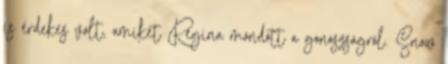
is érdekes volt, amiket Regina mondott a gonoszságról. Snow